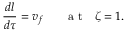
\frac { d l } { d \tau } = v _ { f } ~ ~ ~ ~ ~ \mathrm { ~ a ~ t ~ } ~ ~ \zeta = 1 .